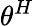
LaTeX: \theta^{H}